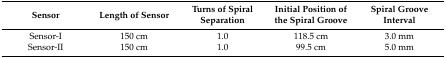
<table><thead><tr><td><b>Sensor</b></td><td><b>Length of Sensor</b></td><td><b>Turns of Spiral Separation</b></td><td><b>Initial Position of the Spiral Groove</b></td><td><b>Spiral Groove Interval</b></td></tr></thead><tbody><tr><td>Sensor-I</td><td>150 cm</td><td>1.0</td><td>118.5 cm</td><td>3.0 mm</td></tr><tr><td>Sensor-II</td><td>150 cm</td><td>1.0</td><td>99.5 cm</td><td>5.0 mm</td></tr></tbody></table>